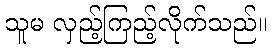
သူမ လှည့်ကြည့်လိုက်သည်။